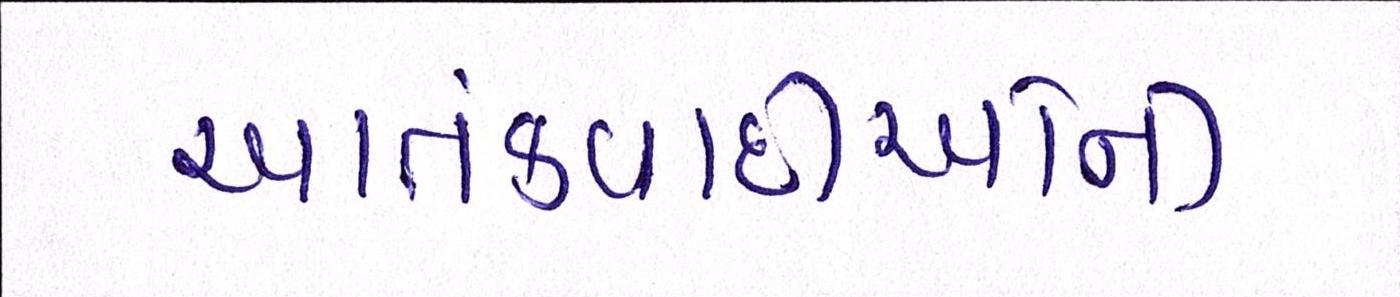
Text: આતંકવાદીઓની